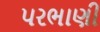
પરભાણી